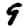
Digit: 9